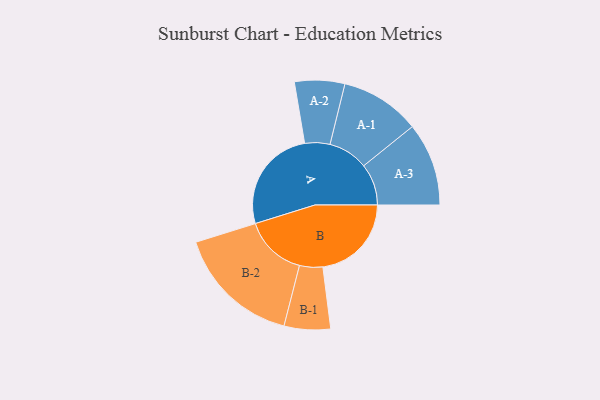
{"axis": {"x": "Segment", "y": "Value"}, "legend": ["", "A", "B"], "data": [{"x": "A", "y": 488, "type": ""}, {"x": "B", "y": 413, "type": ""}, {"x": "A-1", "y": 186, "type": "A"}, {"x": "A-2", "y": 117, "type": "A"}, {"x": "A-3", "y": 194, "type": "A"}, {"x": "B-1", "y": 108, "type": "B"}, {"x": "B-2", "y": 291, "type": "B"}]}